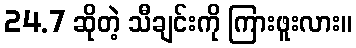
24.7 ဆိုတဲ့ သီချင်းကို ကြားဖူးလား။